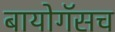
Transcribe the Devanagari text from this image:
बायोगॅसच